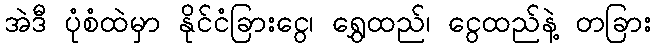
အဲဒီ ပုံစံထဲမှာ နိုင်ငံခြားငွေ၊ ရွှေထည်၊ ငွေထည်နဲ့ တခြား